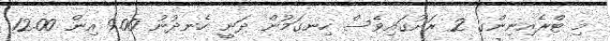
މި ޓްރެއިނިންގ 2 ރަށުގައިވެސް ހިނގަމުން ދަނީ ހެނދުނު 9.00 އިން 12.00